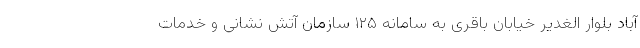
آباد بلوار الغدیر خیابان باقری به سامانه ١٢۵ سازمان آتش نشانی و خدمات